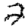
Digit: 2